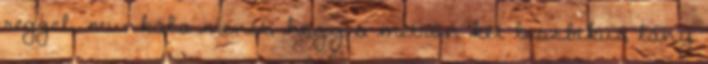
reggel, munkába menet, hogy a metrón két leszbikus lány